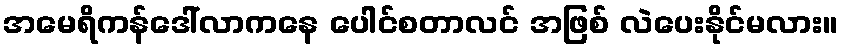
အမေရိကန်ဒေါ်လာကနေ ပေါင်စတာလင် အဖြစ် လဲပေးနိုင်မလား။